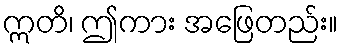
ဣတိ၊ ဤကား အဖြေတည်း။